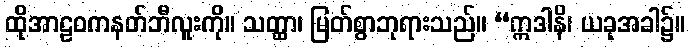
ထိုအာဠဝကနတ်ဘီလူးကို။ သတ္ထာ၊ မြတ်စွာဘုရားသည်။ “ဣဒါနိ၊ ယခုအခါ၌။